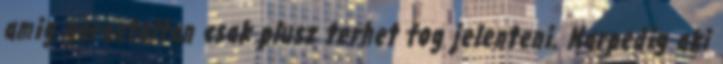
amig garantaltan csak plusz terhet fog jelenteni. Marpedig aki